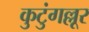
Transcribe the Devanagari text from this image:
कुटुंगल्लूर